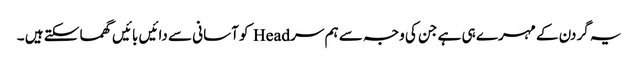
یہ گردن کے مہرے ہی ہے جن کی وجہ سے ہم سر Head کو آسانی سے دائیں بائیں گھما سکتے ہیں ۔